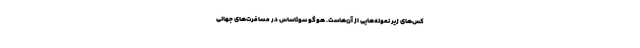
کس‌های زیر نمونه‌هایی از آن‌هاست. هوگو سوئاساس در مسافرت‌های جهانی